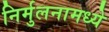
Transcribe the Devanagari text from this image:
निर्मुलनामध्ये